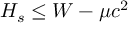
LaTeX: H _ { s } \leq W - \mu c ^ { 2 }